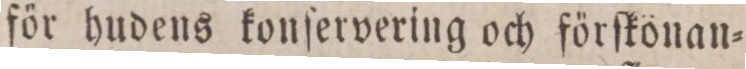
för hudens konſervering och förſkonan=